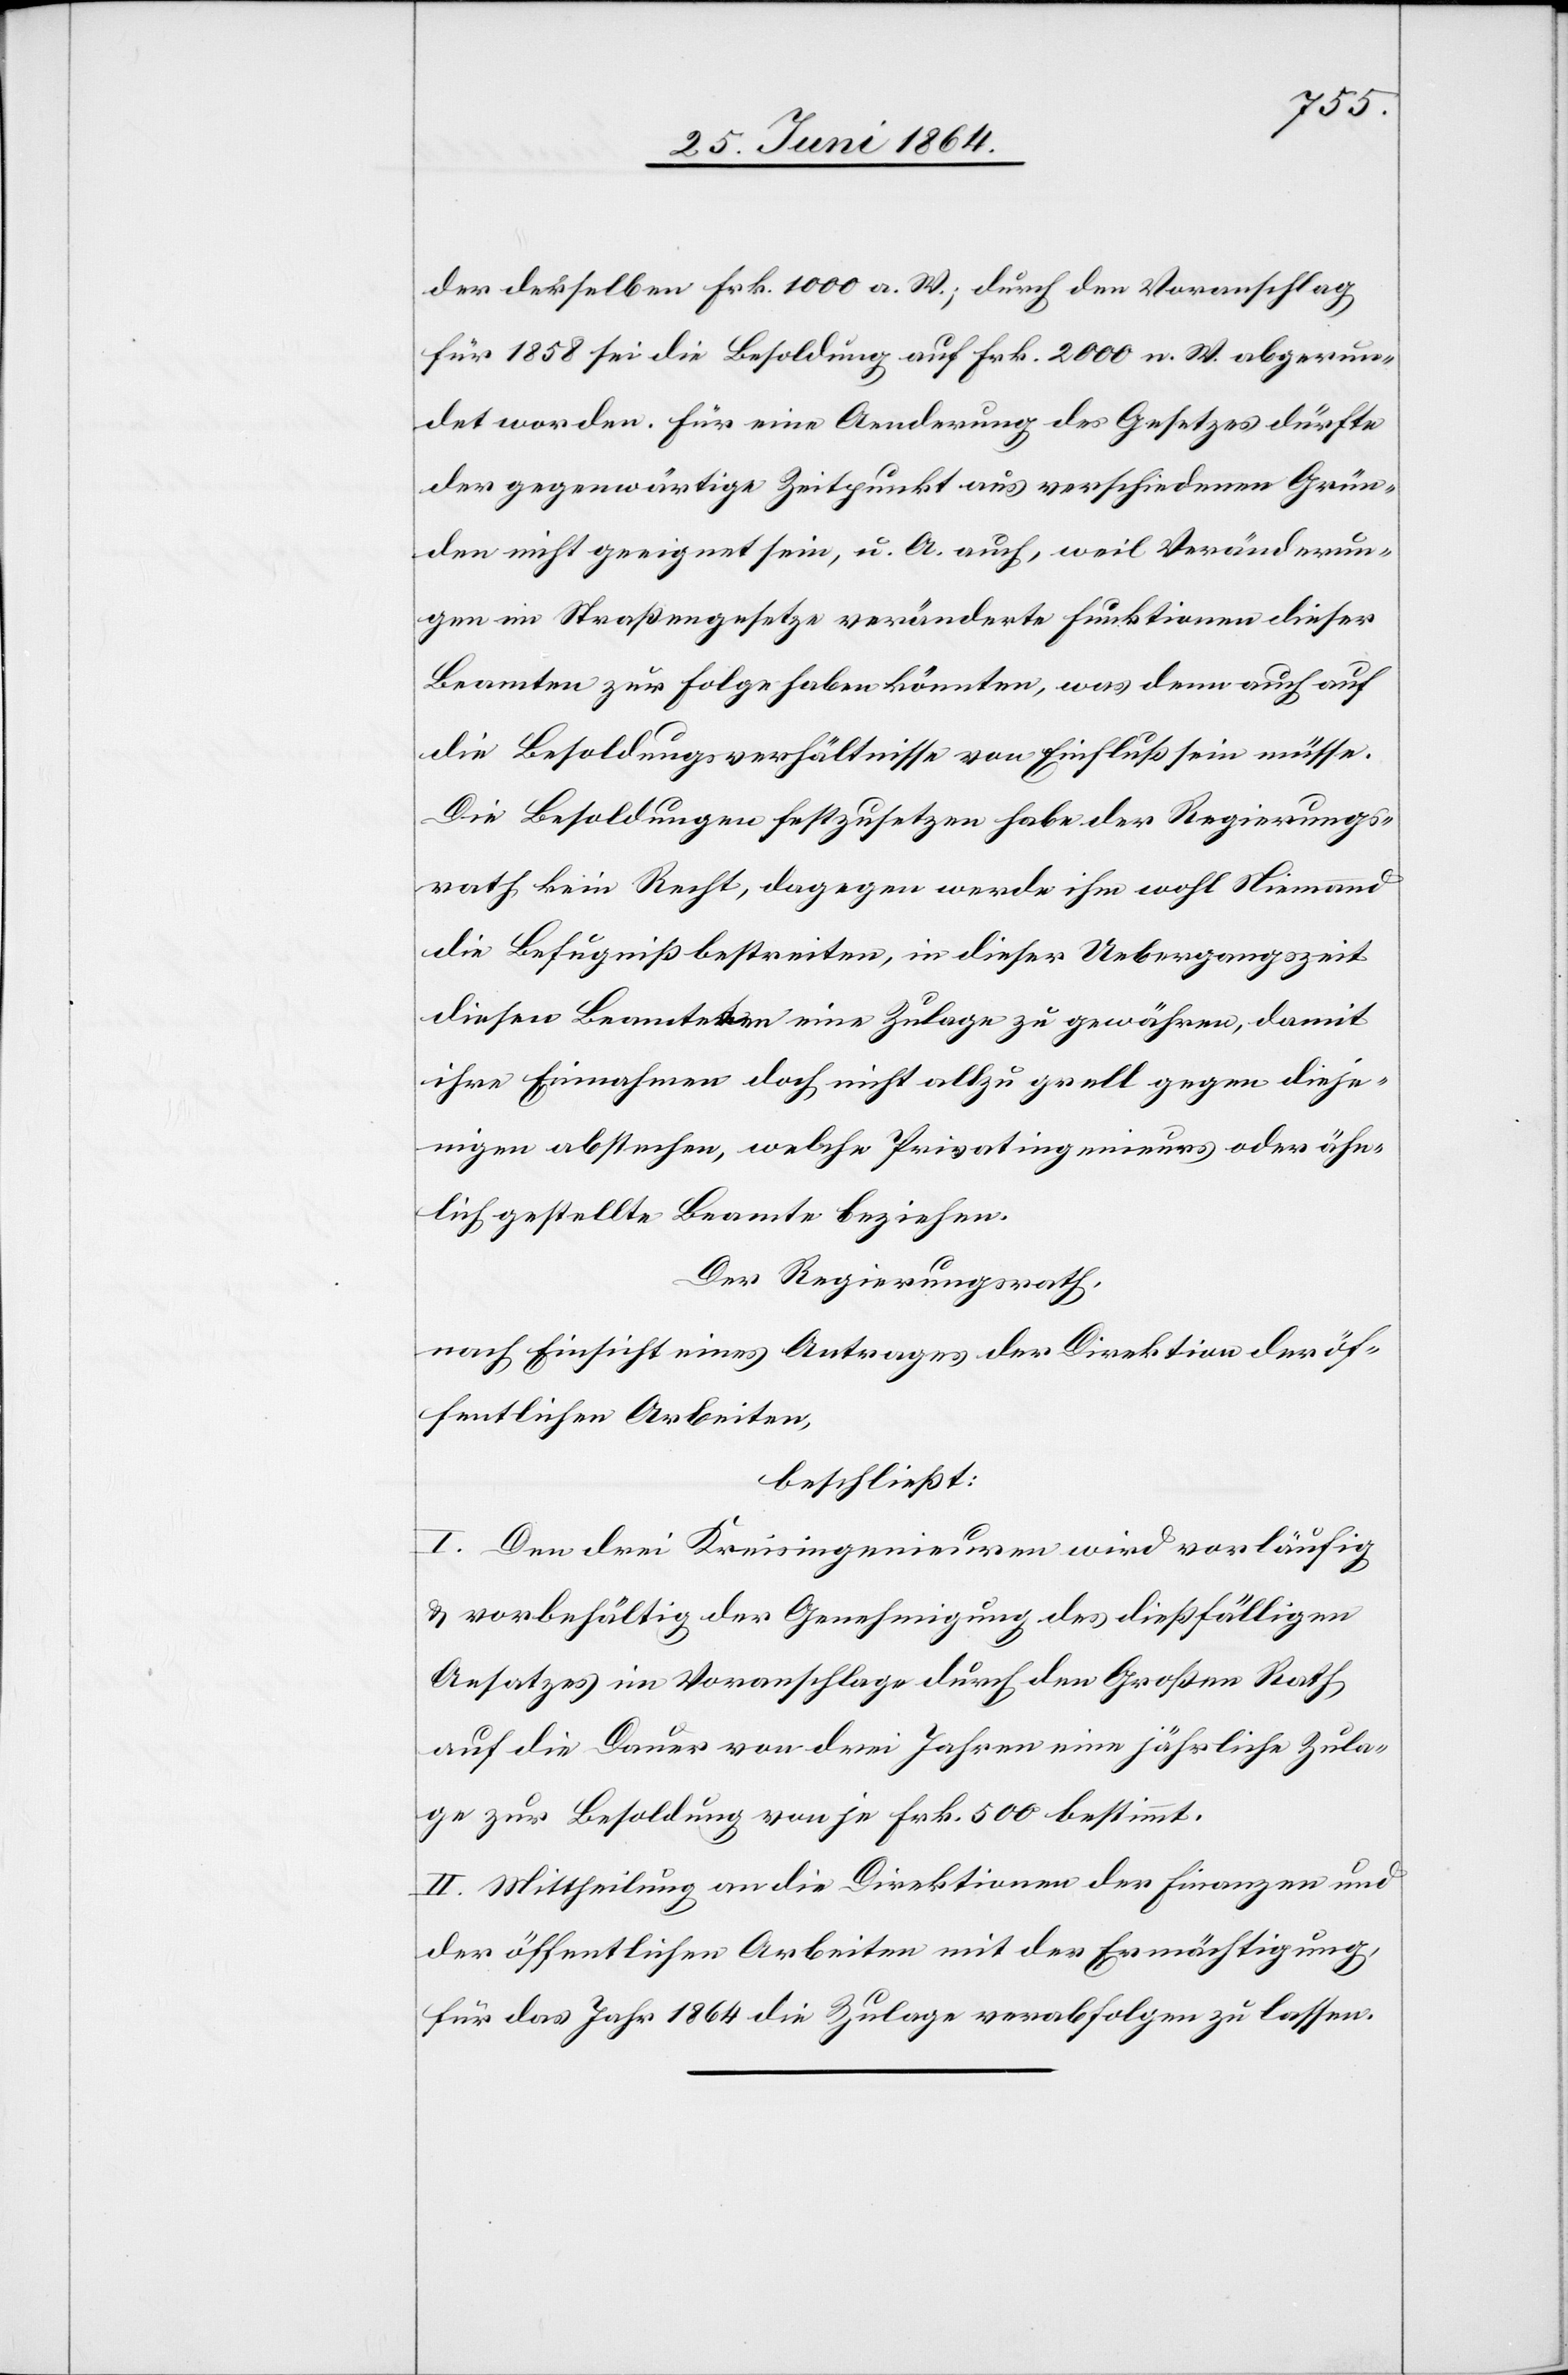
der derselben Frk. 1000 a. W.; durch den Voranschlag
für 1858 sei die Besoldung auf Frk. 2000 n. W. abgerun¬
det worden. Für eine Aenderung des Gesetzes dürfte
der gegenwärtige Zeitpunkt aus verschiedenen Grün¬
den nicht geeignet sein, u. A. auch, weil Veränderun¬
gen im Straßengesetze veränderte Funktionen dieser
Beamten zur Folge haben könnten, was denn auch auf
die Besoldungsverhältnisse von Einfluß sein müsse.
Die Besoldungen festzusetzen habe der Regierungs¬
rath kein Recht, dagegen werde ihm wohl Niemand
die Befugniß bestreiten, in dieser Uebergangszeit
diesen Beamteten eine Zulage zu gewähren, damit
ihre Einnahmen doch nicht allzu grell gegen dieje¬
nigen abstehen, welche Privatingenieurs oder ähn¬
lich gestellte Beamte beziehen.
Der Regierungsrath,
nach Einsicht eines Antrages der Direktion der öf¬
fentlichen Arbeiten,
beschließt:
I. Den drei Kreisingenieuren wird vorläufig
u. vorbehältlig der Genehmigung des dießfälligen
Ansatzes im Voranschlage durch den Großen Rath
auf die Dauer von drei Jahren eine jährliche Zula¬
ge zur Besoldung von je Frk. 500 bestimmt.
II. Mittheilung an die Direktionen der Finanzen und
der öffentlichen Arbeiten mit der Ermächtigung,
für das Jahr 1864 die Zulage verabfolgen zu lassen.